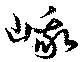
峨